Regulations for the medical services of the Army of India
Year: 1930
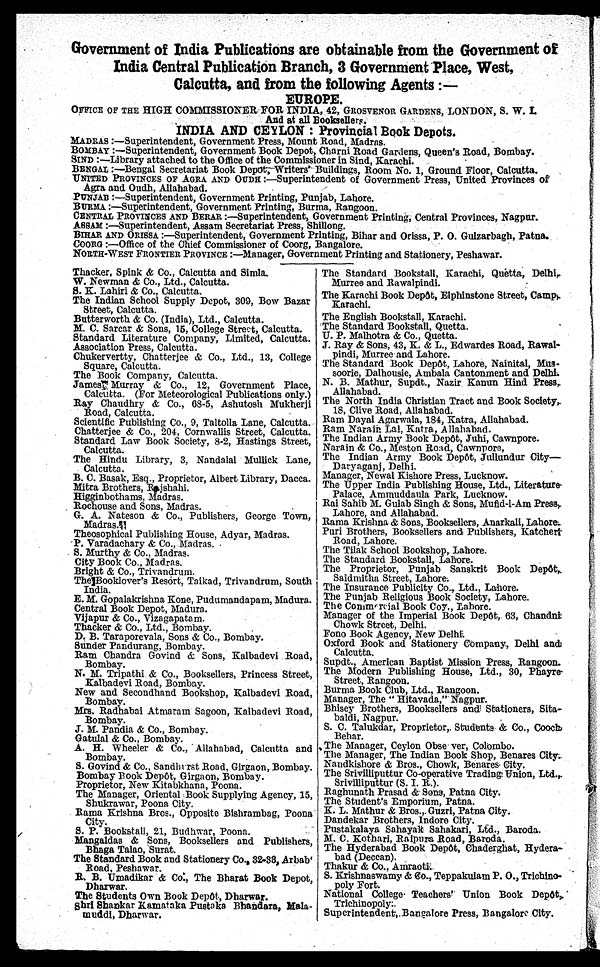
Government of India Publications are obtainable from the Government of
India Central Publication Branch, 3 Government Place, West,
Calcutta, and from the following Agents:—
EUROPE.
OFFICE OF THE HIGH COMMISSIONER FOR INDIA, 42, GROSVENOR GARDENS , LONDON, S. W. I.
And at all Booksellers.
INDIA AND CEYLON:Provincial Book Depots.
MADRAS:—Superintendent, Government Press, Mount Road, Madras.
BOMBAY:—Superintendent, Government Book Depot, Charni Road Gardens, Queen's Road, Bombay.
SIND :— Library attached to the Office of the Commissioner in Sind, Karachi.
BENGAL:—Bengal Secretariat Book Depot; Writers' Buildings, Room No. 1, Ground Floor, Calcutta.
UNITED PROVINCES OF AGRA AND OUDH:—Superintendent of Government Press, United Provinces of
Agra and Oudh, Allahabad.
PUNJAB:—Superintendent, Government Printing, Punjab, Lahore.
BURMA:—Superintendent, Government Printing, Burma, Rangoon.
CENTRAL PROVINCES AND BERAR:—Superintendent, Government Printing, Central Provinces, Nagpur.
ASSAM:—Superintendent, Assam Secretariat Press, Shillong.
BIHAR AND ORISSA:—Superintendent, Government Printing, Bihar and Orissa, P. O. Gulzarbagh, Patna.
COORG:—Office of the Chief Commissioner of Coorg, Bangalore.
NORTH-WEST FRONTIER PROVINCE:—Government Printing and Stationery, Peshawar.
Thacker, Spink & Co., Calcutta and Simla.
W. Newman & Co., Ltd., Calcutta.
S. K. Lahiri & Co., Calcutta.
The Indian School Supply Depot, 309, Bow Bazar
Street, Calcutta.
Butterworth & Co. (India), Ltd., Calcutta.
M. C. Sarcar & Sons, 15, College Street, Calcutta.
Standard Literature Company, Limited, Calcutta.
Association Press, Calcutta.
Chukervertty, Chatterjee & Co., Ltd., 13, College
Square, Calcutta.
The Book Company, Calcutta.
James Murray & Co., 12, Government Place,
Calcutta. (For Meteorological Publications only.)
Ray Chaudhry & Co., 68-5, Ashutosh Mukherji
Road, Calcutta.
Scientific Publishing Co., 9, Taltolla Lane, Calcutta.
Chatterjee & Co., 204, Cornwallis Street, Calcutta.
Standard Law Book Society, 8-2, Hastings Street,
Calcutta.
The Hindu Library, 3. Nandalal Mullick Lane,
Calcutta.
B. C. Basak Esq., Proprietor, Albert Library, Dacca.
Mitra Brothers, Rajshahi.
Higginbothams, Madras.
Rochouse and Sons, Madras.
G. A. Nateson & Co., Publishers, George Town,
Madras.
Theosophical Publishing House, Adyar, Madras.
P. Varadachary & Co., Madras.
S. Murthy & Co., Madras.
City Book Co., Madras.
Bright & C o., Trivandrum.
The Booklover's Resort, Taikad, Trivandrum, South
India.
E. M. Gopalakrishna Kone, Pudumandapam, Madura.
Central Book Depot, Madura.
Vijapur & Co., Vizagapatam.
Thacker & Co., Ltd., Bombay.
D. B. Taraporevala, Sons & Co., Bombay.
Sunder Pandurang, Bombay.
Ram Chandra Govind & Sons, Kalbadevi Road,
Bombay.
N. M. Tripathi & Co., Booksellers, Princess Street,
Kalbadevi Road, Bombay.
New and Secondhand Bookshop, Kalbadevi Road,
Bombay.
Mrs. Radhabai Atmaram Sagoon, Kalbadevi Road,
Bombay.
J. M. Pandia & Co., Bombay.
Gatulal & Co., Bombay.
A. H. Wheeler & Co., Allahabad, Calcutta and
Bombay.
S. Govind & Co., Sandhurst Road, Girgaon, Bombay.
Bombay Book Depôt, Girgaon, Bombay.
Proprietor, New Kitabkhana, Poona.
The Manager, Oriental Book Supplying Agency, 15,
Shukrawar, Poona City.
Rama Krishna Bros., Opposite Bishrambag, Poona
City.
S. P. Bookstall, 21, Budhwar, Poona.
Mangaldas & Sons, Booksellers and Publishers,
Bhaga Talao, Surat.
The Standard Book and Stationery Co., 32-33 Arbab
Road, Peshawar.
R. B. Umadikar & Co, The Bharat Book Depot,
Dharwar.
The Students Own Book Depôt, Dharwar.
Shri Shankar Kamataka Pustaka Bhandara, Mala-
muddi, Dharwar.
The Standard Bookstall, Karachi, Quetta, Delhi,
Murree and Rawalpindi.
The Karachi Book Depôt, Elphinstone Street, Camp
Karachi.
The English Bookstall, Karachi.
The Standard Bookstall, Quetta.
U. P. Malhotra & Co., Quetta.
J. Ray & Sons, 43, K. & L., Edwardes Road, Rawal-
pindi, Murree and Lahore.
The Standard Book Depôt, Lahore, Nainital, Mus-
soorie, Dalhousie, Ambala Cantonment and Delhi.
N. B. Mathur, Supdt., Nazir Kanun Hind Press,
Allahabad.
The North India Christian Tract and Book Society,
18, Clive Road, Allahabad.
Ram Dayal Agarwala, 184, Katra, Allahabad.
Ram Narain Lal, Katra, Allahabad.
The Indian Army Book Depôt, Juhi, Cawnpore.
Narain & Co., Meston Road, Cawnpore,
The Indian Army Book Depôt, Jullundur City—
Daryaganj, Delhi.
Manager, Newal Kishore Press, Lucknow.
The Upper India Publishing House, Ltd., Literature
Palace, Ammuddaula Park, Lucknow.
Rai Sahib M. Gulab Singh & Sons, Mufld-i-Am Press,
Lahore, and Allahabad.
Rama Krishna & Sons, Booksellers, Anarkali, Lahore.
Puri Brothers, Booksellers and Publishers, Katcheri
Road, Lahore.
The Tilak School Bookshop, Lahore.
The Standard Bookstall, Lahore.
The Proprietor, Punjab Sanskrit Book Depôt,
Saidmitha Street, Lahore.
The Insurance Publicity Co., Ltd., Lahore.
The Punjab Religious Book Society, Lahore.
The Commercial Book Coy, Lahore.
Manager of the Imperial Book Depôt, 63, Chandni
Chowk Street, Delhi.
Fono Book Agency, New Delhi.
Oxford Book and Stationery Company, Delhi and
Calcutta.
Supdt., American Baptist Mission Press, Rangoon.
The Modern Publishing House, Ltd., 30, Phayre
Street, Rangoon.
Burma Book Club, Ltd., Rangoon.
Manager, The " Hitavada," Nagpur.
Bhisey Brothers, Booksellers and Stationers, Sita-
baldi, Nagpur.
S. C. Talukdar, Proprietor, Students & Co., Cooch
Behar.
The Manager, Ceylon Observer, Colombo.
The Manager, The Indian Book Shop, Benares City
.
Nandkishore & Bros., Chowk, Benares City.
The Srivilliputtur Co-operative Trading Union, Ltd.,
Srivilliputtur (S. I. R.).
Raghunath Prasad & Sons, Patna City.
The Student's Emporium, Patna.
K. L. Mathur & Bros., Guzri, Patna City.
Dandekar Brothers, Indore City.
Pustakalaya Sahayak Sahakari, Ltd., Baroda.
M. C. Kothari, Raipura Road, Baroda.
The Hyderabad Book Depôt, Chaderghat, Hydera-
bad (Deccan).
Thakur & Co., Amraoti.
S. Krishnaswamy & Co., Teppakulam P. O., Trichino-
poly Fort.
National College Teachers Union Book Depôt,
Trichinopoly.
Superintendent, Bangalore Press, Bangalore City.